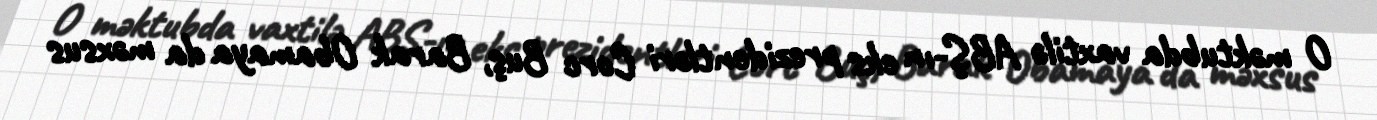
O məktubda vaxtilə ABŞ-ın eks prezidentləri Corc Buş, Barak Obamaya da məxsus